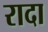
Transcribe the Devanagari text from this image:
रादा